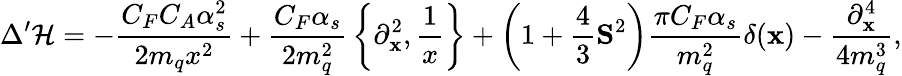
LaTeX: \Delta^{\prime}{\cal H}=-{\frac{C_{F}C_{A}\alpha_{s}^{2}}{2m_{q}x^{2}}}+{\frac{C_{F}\alpha_{s}}{2m_{q}^{2}}}\left\{ {\mathbf\partial}_{\mathbf x}^{2},{\frac{1}{x}}\right\} +\left(1+{\frac{4}{3}}{\mathbf S}^{2}\right){\frac{\pi C_{F}\alpha_{s}}{m_{q}^{2}}}\delta({\mathbf x})-{\frac{{\mathbf\partial}_{\mathbf x}^{4}}{4m_{q}^{3}}},